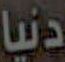
دنيا